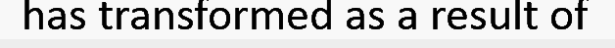
has transformed as a result of